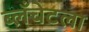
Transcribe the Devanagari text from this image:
ब्लँचेटला